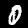
Digit: 0